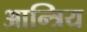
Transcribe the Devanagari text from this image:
आन्त्रिय